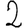
Digit: 2